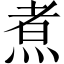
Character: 煮